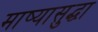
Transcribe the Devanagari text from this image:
माष्यासुद्धा